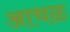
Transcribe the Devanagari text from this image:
आचळ